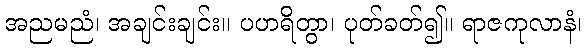
အညမညံ၊ အချင်းချင်း။ ပဟရိတွာ၊ ပုတ်ခတ်၍။ ရာဇကုလာနံ၊